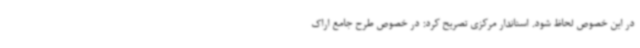
در این خصوص لحاظ شود. استاندار مرکزی تصریح کرد: در خصوص طرح جامع اراک